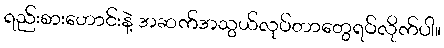
ရည်းစားဟောင်းနဲ့ အဆက်အသွယ်လုပ်တာတွေရပ်လိုက်ပါ။